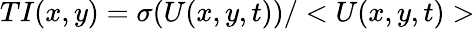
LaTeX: TI(x,y)=\sigma(U(x,y,t))/<U(x,y,t)>